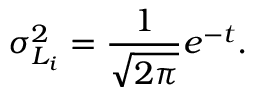
\sigma _ { L _ { i } } ^ { 2 } = \frac { 1 } { \sqrt { 2 \pi } } e ^ { - t } .